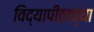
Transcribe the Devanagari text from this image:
विद्यापीठाच्‍या